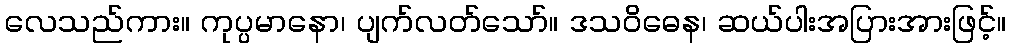
လေသည်ကား။ ကုပ္ပမာနော၊ ပျက်လတ်သော်။ ဒသဝိဓေန၊ ဆယ်ပါးအပြားအားဖြင့်။